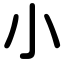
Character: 小